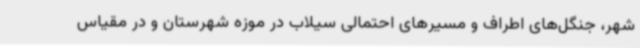
شهر، جنگل‌های اطراف و مسیرهای احتمالی سیلاب در موزه شهرستان و در مقیاس